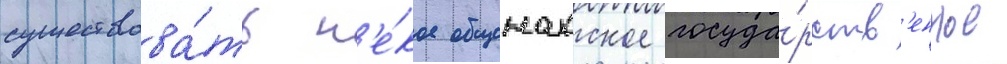
существова́ть н'е́кое общенахское госуда́рств'енное